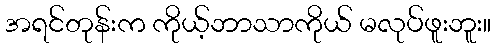
အရင်တုန်းက ကိုယ့်ဘာသာကိုယ် မလုပ်ဖူးဘူး။